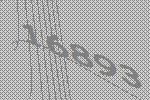
16893